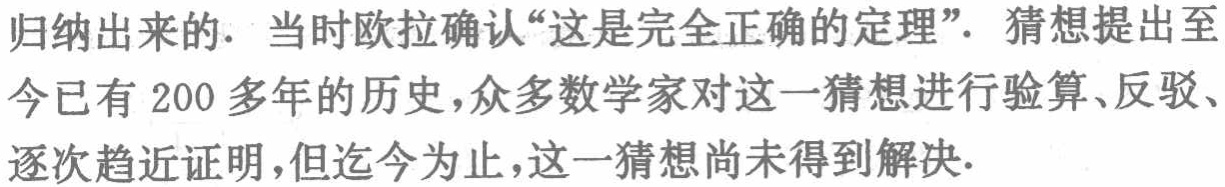
归纳出来的. 当时欧拉确认“这是完全正确的定理”. 猜想提出至今已有 200 多年的历史,众多数学家对这一猜想进行验算、反驳、逐次趋近证明,但迄今为止,这一猜想尚未得到解决.